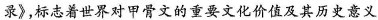
录》，标志着世界对甲骨文的重要文化价值及其历史意义